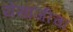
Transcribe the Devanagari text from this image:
येसाजीचा